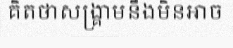
គិតថាសង្គ្រាមនឹងមិនអាច